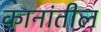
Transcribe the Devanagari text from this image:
कानांतील